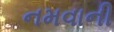
નમવાની